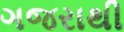
ગજરાથી